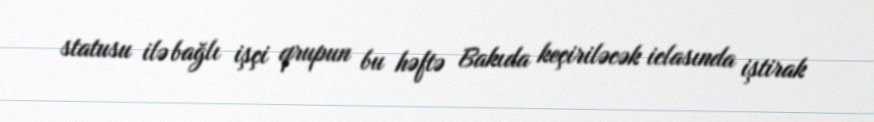
statusu ilə bağlı işçi qrupun bu həftə Bakıda keçiriləcək iclasında iştirak